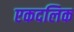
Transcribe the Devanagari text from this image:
एकदलिक